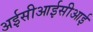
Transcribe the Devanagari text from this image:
अईसीआईसीआई